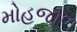
મોહજાળ